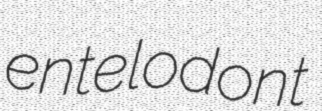
entelodont